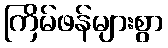
ကြိမ်ဖန်များစွာ